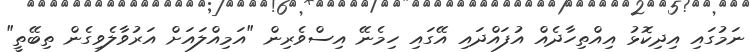
ނަމުގައި އިދިކޮޅު އިއްތިހާދެއް އުފައްދައި އޭގައި ހިމެނޭ އިސްވެރިން "އަމިއްލައަށް އަރުވާލެވިގެން ތިބޭތީ"